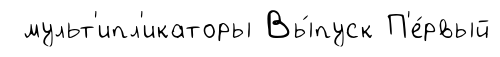
мульт'ипл'икаторы Вы́пуск П'е́рвый